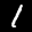
Label: 1